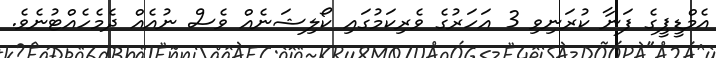
އެމްޑީޕީގެ ފަނާ ކުރަނިވި 3 އަހަރުގެ ވެރިކަމުގައި ކޯލިޝަނެއް ވެސް ނުއެއް ދެމެހެއްޓުނެވެ.